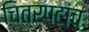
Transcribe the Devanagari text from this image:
चित्रपटांच